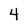
Character: 4